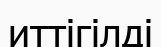
иттігілді